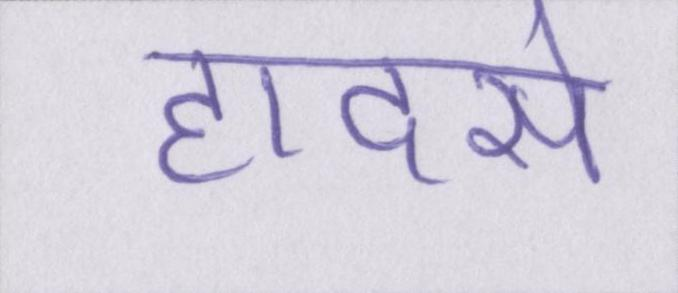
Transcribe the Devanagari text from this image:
हादसे